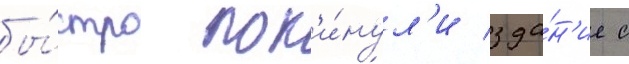
бы́стро пок'и́нул'и зда́н'ие с